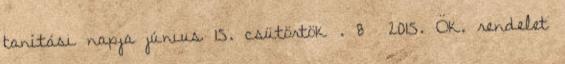
tanítási napja június 15. csütörtök . 8 2015. Ök. rendelet